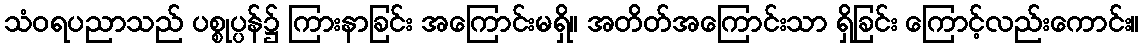
သံဝရပညာသည် ပစ္စုပ္ပန်၌ ကြားနာခြင်း အကြောင်းမရှိ။ အတိတ်အကြောင်းသာ ရှိခြင်း ကြောင့်လည်းကောင်း။